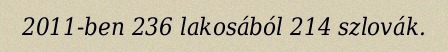
2011-ben 236 lakosából 214 szlovák.